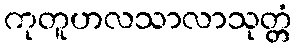
ကုတူဟလသာလာသုတ္တံ